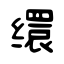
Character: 缳